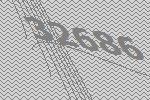
32686